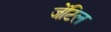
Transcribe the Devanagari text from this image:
जेंटिल